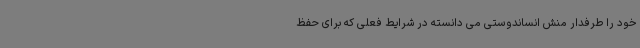
خود را طرفدار منش انساندوستی می دانسته در شرایط فعلی که برای حفظ